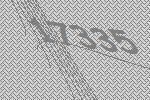
17335